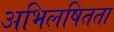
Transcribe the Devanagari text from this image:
अभिलषितता